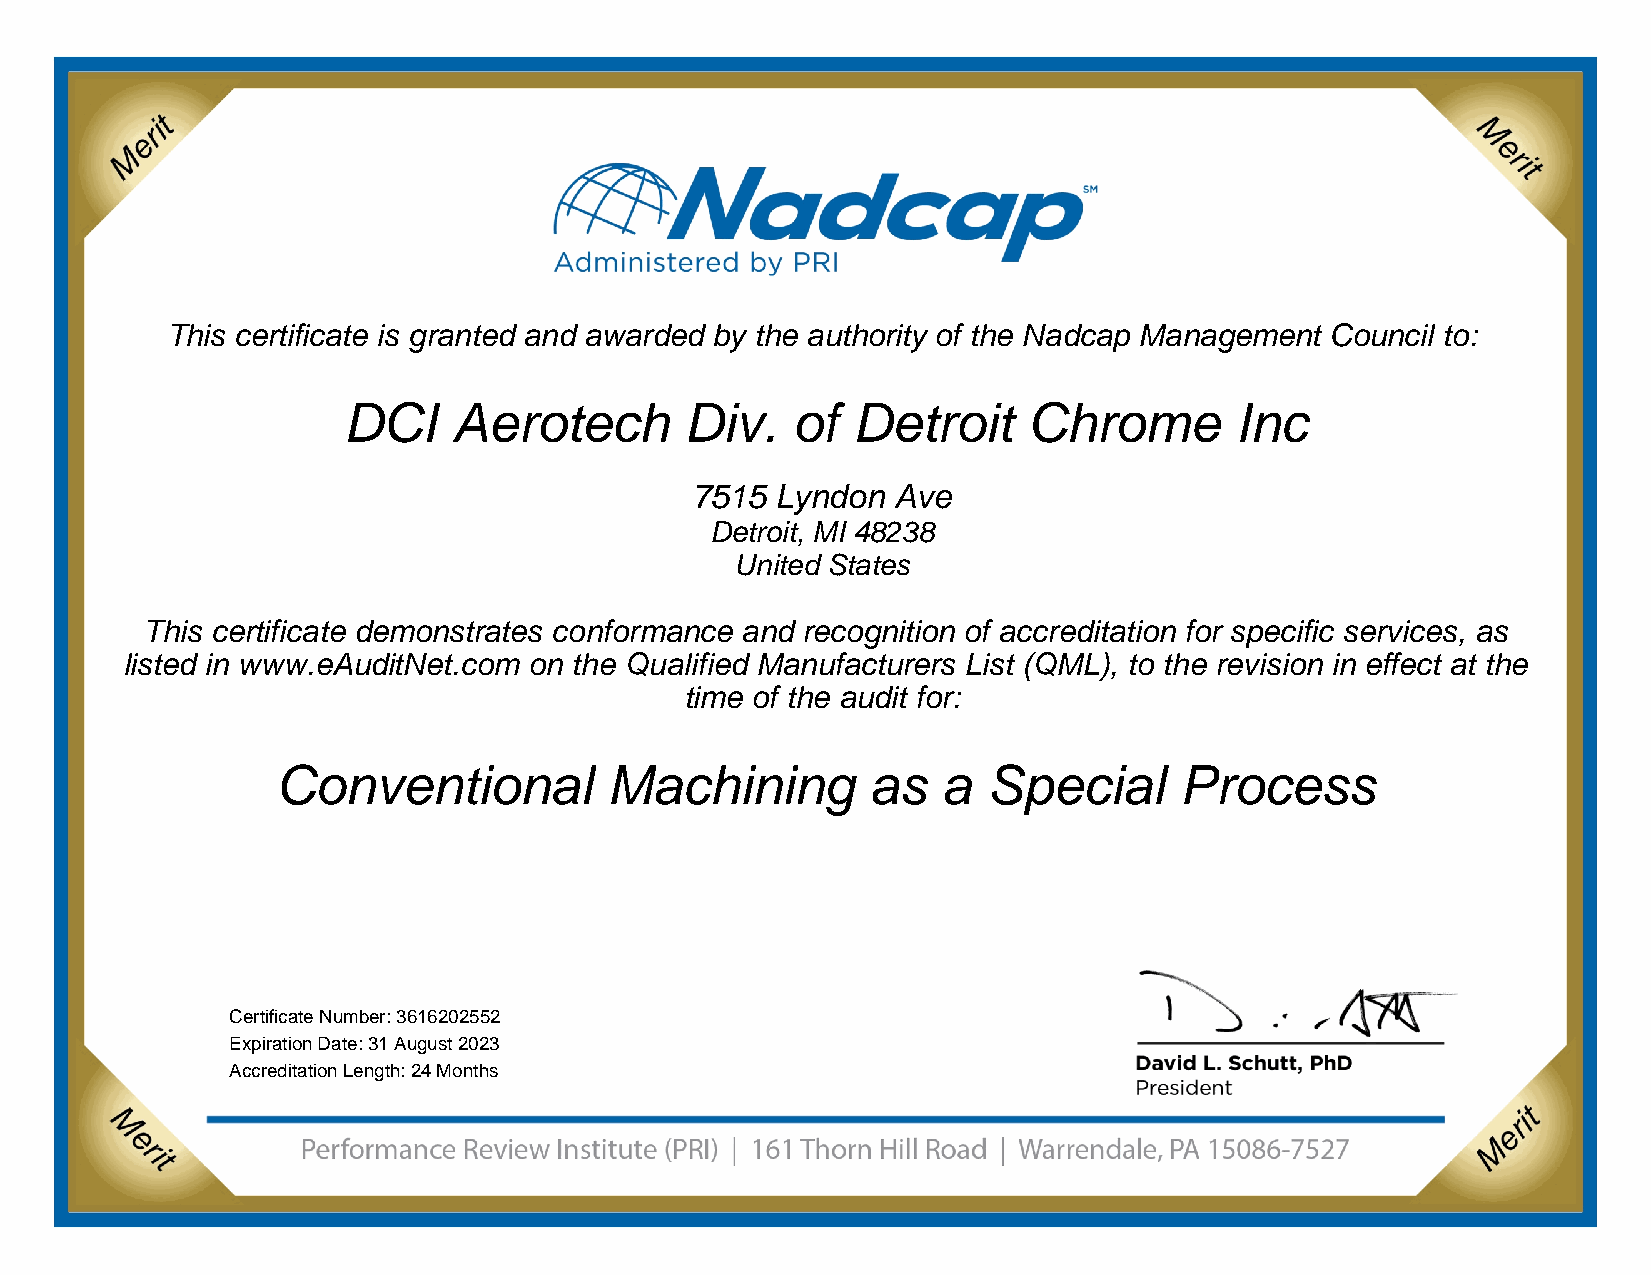
This certificate is granted and awarded by the authority of the Nadcap Management Council to:
 Company           Name       Here
 Address line 1
 Address line 2
 Address line 3
 This certificate demonstrates conformance and recognition of accreditation for specific
 services as listed in www.eAuditNet.com on the Qualified Manufacturers List (QML), to the
 revision in effect at the time of the audit for:
 Process        Name        Here
 Certification Number:
 Expiration Date:
 This certificate is granted and awarded by the authority of the Nadcap Management Council to:
 DCI    Aerotech       Div.   of  Detroit     Chrome        Inc
 7515 Lyndon  Ave
 Detroit, MI 48238
 United States
 This certificate demonstrates conformance and recognition of accreditation for specific services, as
 listed in www.eAuditNet.com on the Qualified Manufacturers List (QML), to the revision in effect at the
 time of the audit for:
 Conventional          Machining         as  a  Special      Process
 Certificate Number: 3616202552
 Expiration Date: 31 August 2023
 Accreditation Length: 24 Months